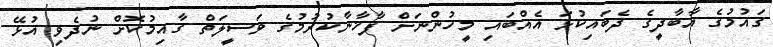
ގައުމުގެ އާބާދީގެ ދެބައިކުޅަ އެއްބައި މީހުންނަށް ފާޚާނާކުރުމުގެ ވަސީލަތް ގާއިމުކޮށް ނުދެވި އުޅޭ